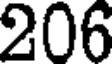
206